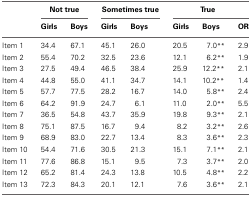
<table><thead><tr><td></td><td colspan="2"><b>Not true</b></td><td colspan="2"><b>Sometimes true</b></td><td colspan="3"><b>True</b></td></tr><tr><td></td><td><b>Girls</b></td><td><b>Boys</b></td><td><b>Girls</b></td><td><b>Boys</b></td><td><b>Girls</b></td><td><b>Boys</b></td><td><b>OR</b></td></tr></thead><tbody><tr><td>Item 1</td><td>34.4</td><td>67.1</td><td>45.1</td><td>26.0</td><td>20.5</td><td>7.0<sup>**</sup></td><td>2.9</td></tr><tr><td>Item 2</td><td>55.4</td><td>70.2</td><td>32.5</td><td>23.6</td><td>12.1</td><td>6.2<sup>**</sup></td><td>1.9</td></tr><tr><td>Item 3</td><td>27.5</td><td>49.4</td><td>46.5</td><td>38.4</td><td>25.9</td><td>12.2<sup>**</sup></td><td>2.1</td></tr><tr><td>Item 4</td><td>44.8</td><td>55.0</td><td>41.1</td><td>34.7</td><td>14.1</td><td>10.2<sup>**</sup></td><td>1.4</td></tr><tr><td>Item 5</td><td>57.7</td><td>77.5</td><td>28.2</td><td>16.7</td><td>14.0</td><td>5.8<sup>**</sup></td><td>2.4</td></tr><tr><td>Item 6</td><td>64.2</td><td>91.9</td><td>24.7</td><td>6.1</td><td>11.0</td><td>2.0<sup>**</sup></td><td>5.5</td></tr><tr><td>Item 7</td><td>36.5</td><td>54.8</td><td>43.7</td><td>35.9</td><td>19.8</td><td>9.3<sup>**</sup></td><td>2.1</td></tr><tr><td>Item 8</td><td>75.1</td><td>87.5</td><td>16.7</td><td>9.4</td><td>8.2</td><td>3.2<sup>**</sup></td><td>2.6</td></tr><tr><td>Item 9</td><td>68.9</td><td>83.0</td><td>22.7</td><td>13.4</td><td>8.3</td><td>3.6<sup>**</sup></td><td>2.3</td></tr><tr><td>Item 10</td><td>54.4</td><td>71.6</td><td>30.5</td><td>21.3</td><td>15.1</td><td>7.1<sup>**</sup></td><td>2.1</td></tr><tr><td>Item 11</td><td>77.6</td><td>86.8</td><td>15.1</td><td>9.5</td><td>7.3</td><td>3.7<sup>**</sup></td><td>2.0</td></tr><tr><td>Item 12</td><td>65.2</td><td>81.4</td><td>24.3</td><td>13.8</td><td>10.5</td><td>4.8<sup>**</sup></td><td>2.2</td></tr><tr><td>Item 13</td><td>72.3</td><td>84.3</td><td>20.1</td><td>12.1</td><td>7.6</td><td>3.6<sup>**</sup></td><td>2.1</td></tr></tbody></table>